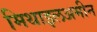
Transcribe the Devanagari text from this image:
मिथाइलअमीन